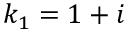
k _ { 1 } = 1 + i